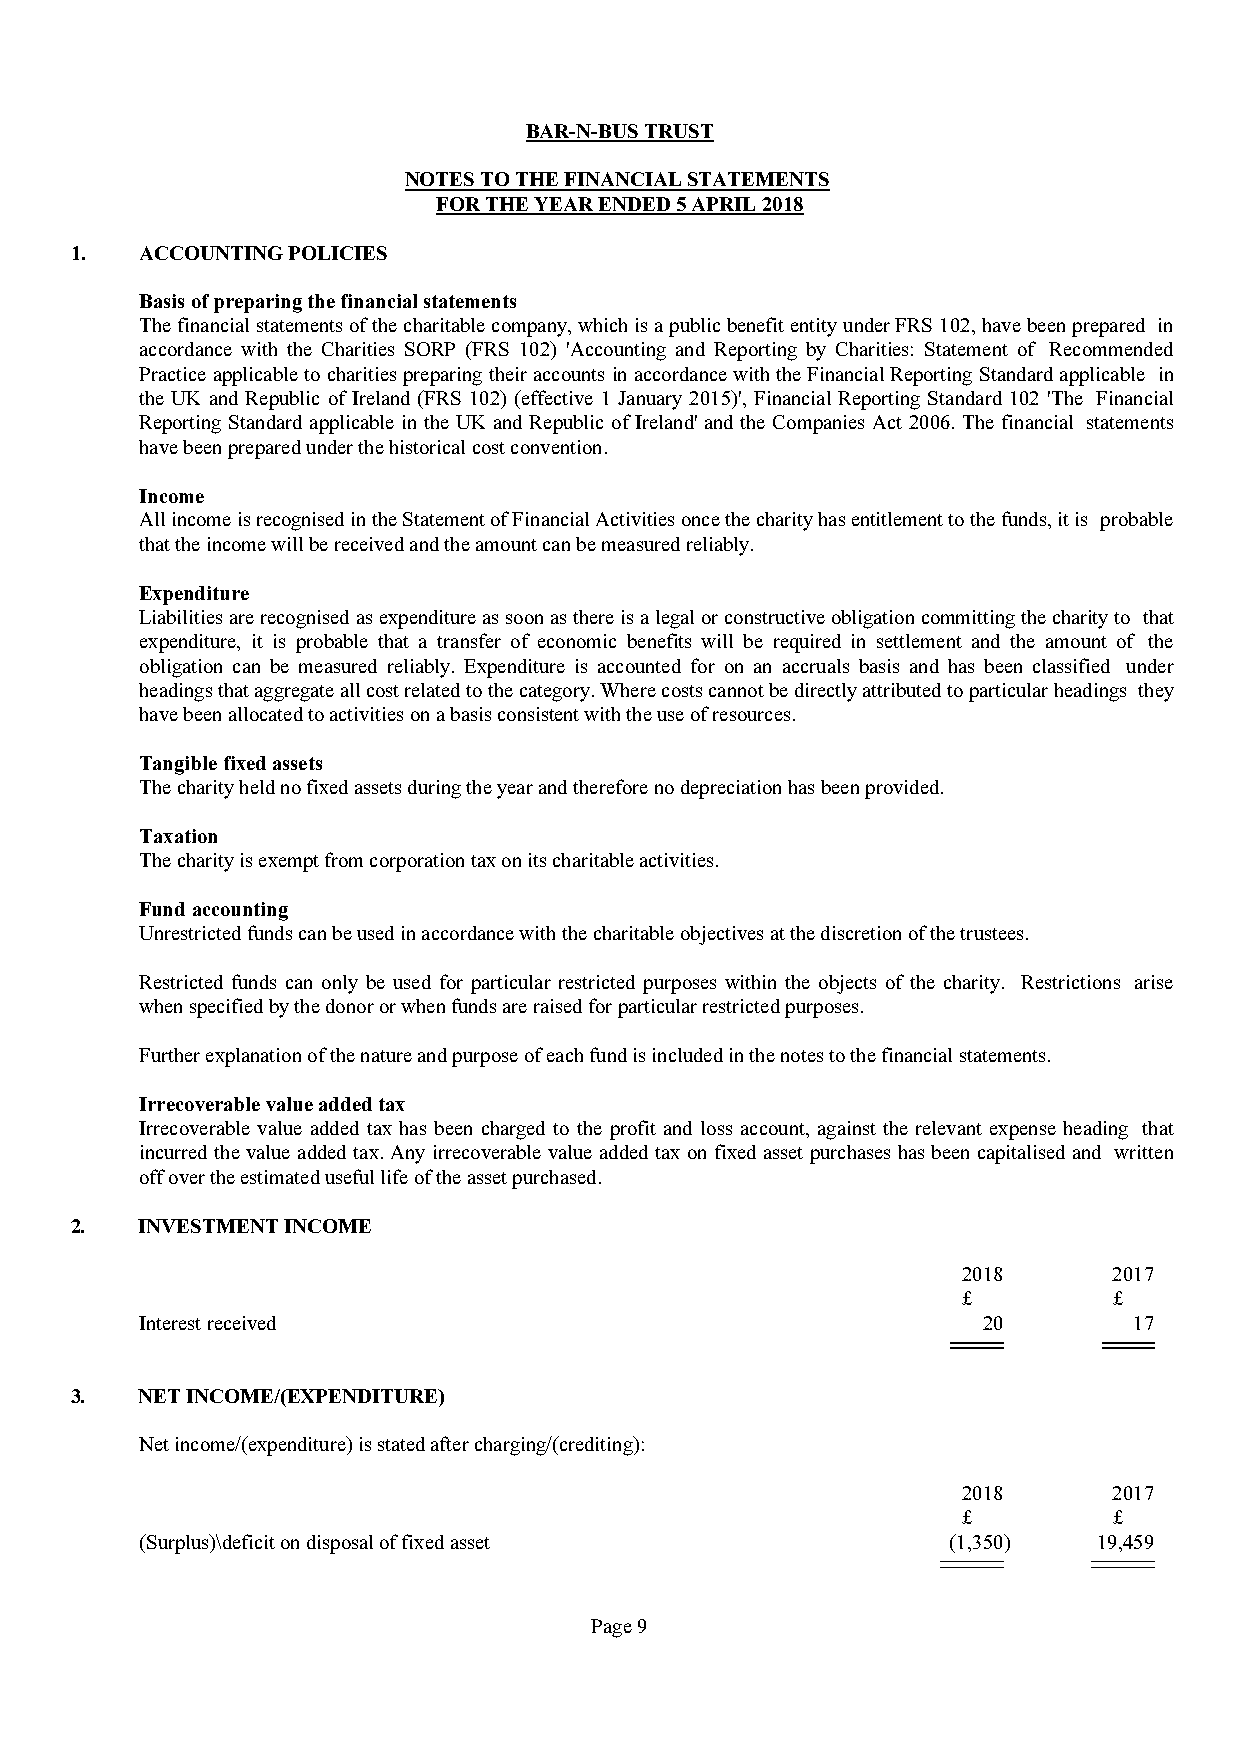
BAR-N-BUS TRUST
 NOTES TO THE FINANCIAL STATEMENTS
 FOR THE YEAR ENDED 5 APRIL 2018
 1.  ACCOUNTING POLICIES
 Basis of preparing the financial statements
 Thefinancialstatementsofthecharitablecompany,whichisapublicbenefitentityunderFRS102,havebeenprepared in
 accordance with the Charities SORP (FRS 102) 'Accounting and Reporting by Charities: Statement of Recommended
 Practice applicable tocharitiespreparingtheiraccounts inaccordance withthe FinancialReportingStandardapplicable in
 the UK and Republic of Ireland (FRS 102) (effective 1 January 2015)', Financial Reporting Standard 102 'The Financial
 Reporting Standard applicable in the UK and Republic of Ireland' and the Companies Act 2006. The financial statements
 have been prepared under the historical cost convention.
 Income
 AllincomeisrecognisedintheStatementofFinancialActivitiesoncethecharityhasentitlementtothefunds,itis probable
 that the income will be received and the amount can be measured reliably.
 Expenditure
 Liabilitiesarerecognisedasexpenditureassoonasthereisalegalorconstructiveobligationcommittingthecharityto that
 expenditure, it is probable that a transfer of economic benefits will be required in settlement and the amount of the
 obligation can be measured reliably. Expenditure is accounted for on an accruals basis and has been classified under
 headingsthataggregateallcostrelatedtothecategory.Wherecostscannotbedirectlyattributedtoparticularheadings they
 have been allocated to activities on a basis consistent with the use of resources.
 Tangible fixed assets
 The charity held no fixed assets during the year and therefore no depreciation has been provided.
 Taxation
 The charity is exempt from corporation tax on its charitable activities.
 Fund accounting
 Unrestricted funds can be used in accordance with the charitable objectives at the discretion of the trustees.
 Restricted funds can only be used for particular restricted purposes within the objects of the charity. Restrictions arise
 when specified by the donor or when funds are raised for particular restricted purposes.
 Further explanation of the nature and purpose of each fund is included in the notes to the financial statements.
 Irrecoverable value added tax
 Irrecoverable value added tax has been charged to the profit and loss account, against the relevant expense heading that
 incurred the value added tax.Any irrecoverable value added tax onfixed asset purchases has been capitalised and written
 off over the estimated useful life of the asset purchased.
 2.  INVESTMENT INCOME
 2018      2017
 £         £
 Interest received                                       20        17
 3.  NET INCOME/(EXPENDITURE)
 Net income/(expenditure) is stated after charging/(crediting):
 2018      2017
 £         £
 (Surplus)\deficit on disposal of fixed asset          (1,350)   19,459
 Page 9